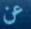
عن